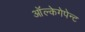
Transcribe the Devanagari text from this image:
ऑल्केगेपेन्ट